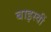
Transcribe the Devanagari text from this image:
बाइस्वीं